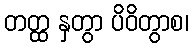
တတ္ထ နှတွာ ပိဝိတွာစ၊